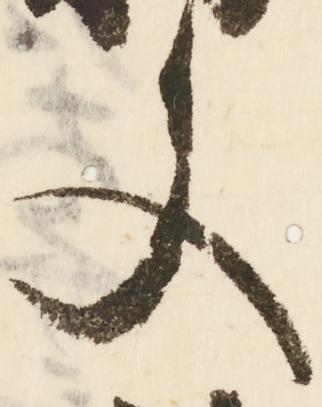
又